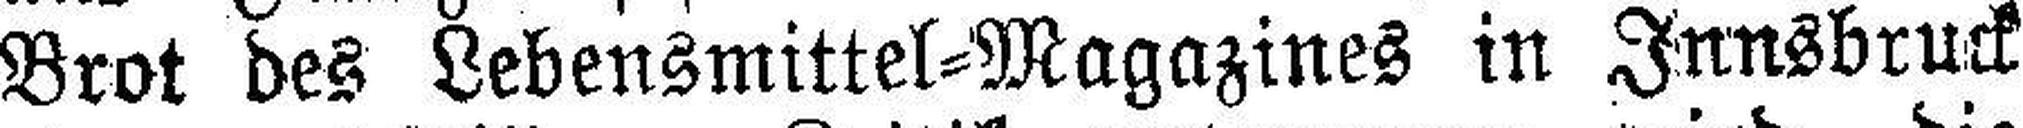
Brot des Lebensmittel=Magazines in Innsbruck